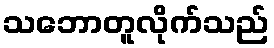
သဘောတူလိုက်သည်